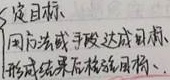
确定目标、运用方法或手段达成目标、形成结果后检验目标。